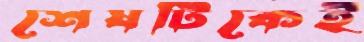
শেষটিকেই